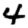
Digit: 4